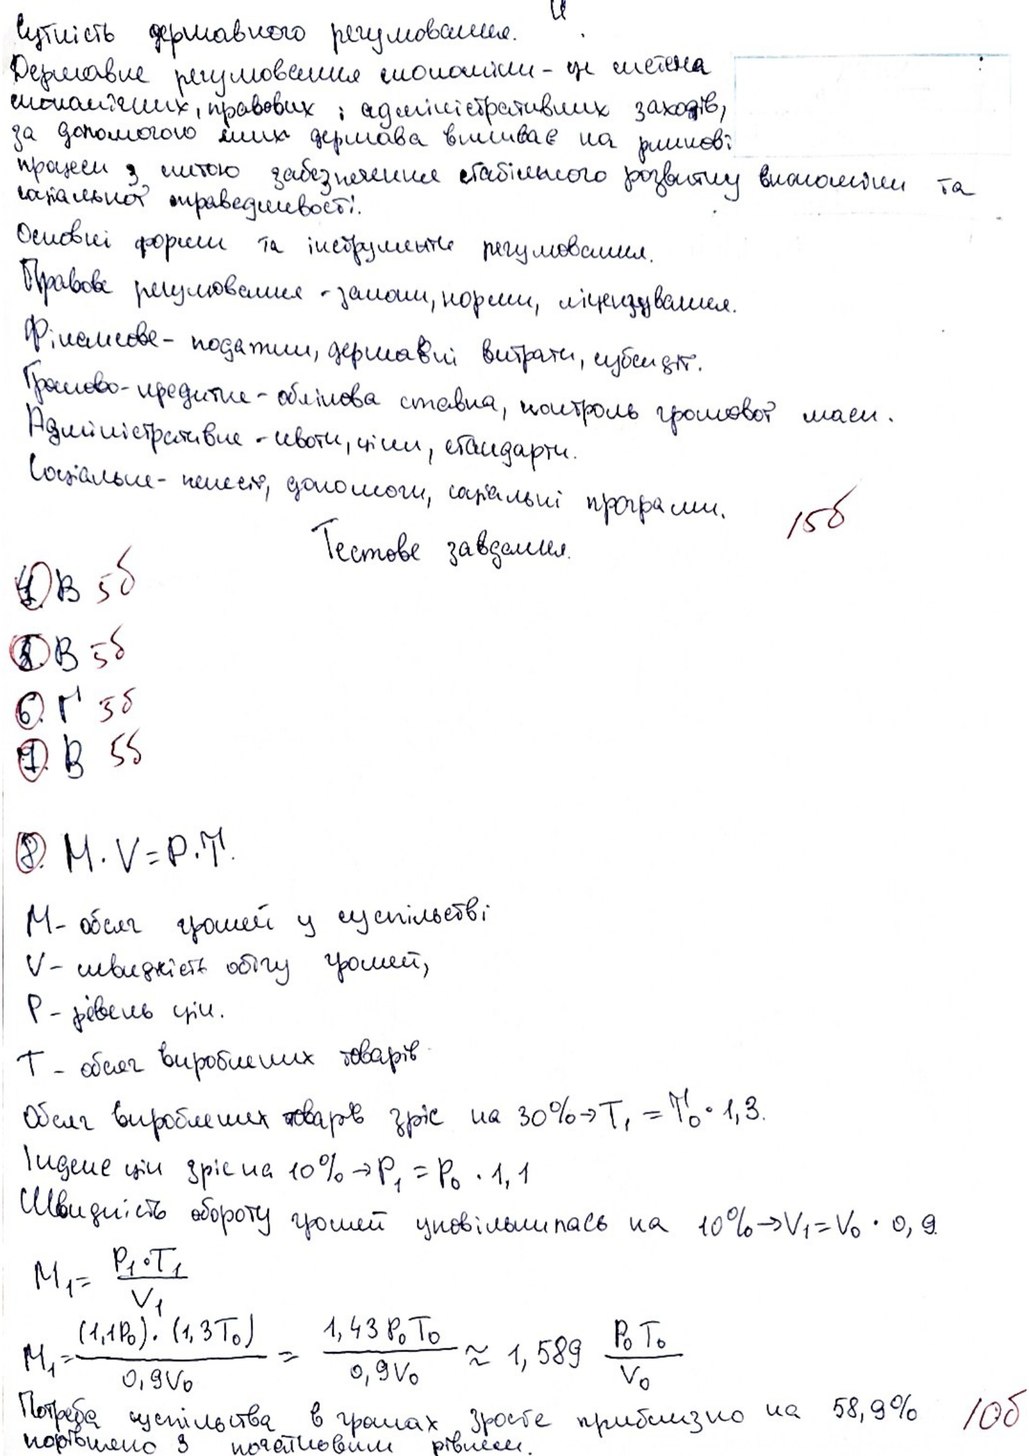
сутність державного регулювання.
Державне регулювання економіки - це система
економічних, правових і адміністративних заходів,
за допомогою яких держава впливає на ринкові
процеси з метою забезпечення стабільного розвитку економіки та
социальної справедливості.
Основні форми та інструменти регулювання.
Правове регулювання - закони, норми, ліцензування.
Фінансове - податки, державні витрати, субсидії.
Грошово-кредитне - облікова ставка, контроль грошової маси.
Адміністративні - квоти, ціни, стандарти.
Соціальні - пенсії, допомоги, соціальні програми.
15б
Тестове завдання.
4.В
5б
5. B
5б
6 .Г
5б
7. B
5б
8. M‧V = P‧T
М- обсяг грошей у суспільстві
V - швидкість обігу грошей,
P - рівень цін.
T - обсяг вироблених товарів
Обсяг вироблених товарів зріс на 30% → T₁ = T₀ ‧ 1,3.
Індекс цін зріс на 10% → P₁ = P₀ · 1,1
Швидкість обороту грошей уповільнилась на 10% → V₁ = V₀ ∙ 0,9.
M₁ = (P₁ ‧ T₁) / V₁
M_1 = \frac{(1,1 P_0) \cdot (1,3 T_0)}{0,9 V_0} = \frac{1,43 P_0 T_0}{0,9 V_0} \approx 1,589 \frac{P_0 T_0}{V_0}
Потреба суспільства в грошах, зросте приблизно на 58,9%
10б
порівняно з початковим рівнем.